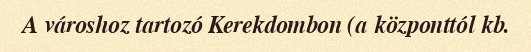
A városhoz tartozó Kerekdombon (a központtól kb.